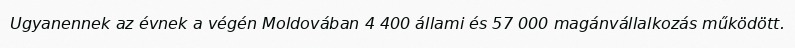
Ugyanennek az évnek a végén Moldovában 4 400 állami és 57 000 magánvállalkozás működött.